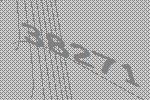
38271